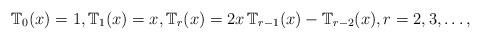
LaTeX: \begin{align*}{\Bbb T}_{0}(x)=1,{\Bbb T}_{1}(x)=x,{\Bbb T}_{r}(x)=2x\,{\Bbb T}_{r-1}(x)-{\Bbb T}_{r-2}(x),r=2,3,\ldots , \end{align*}